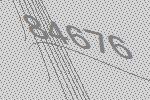
84676